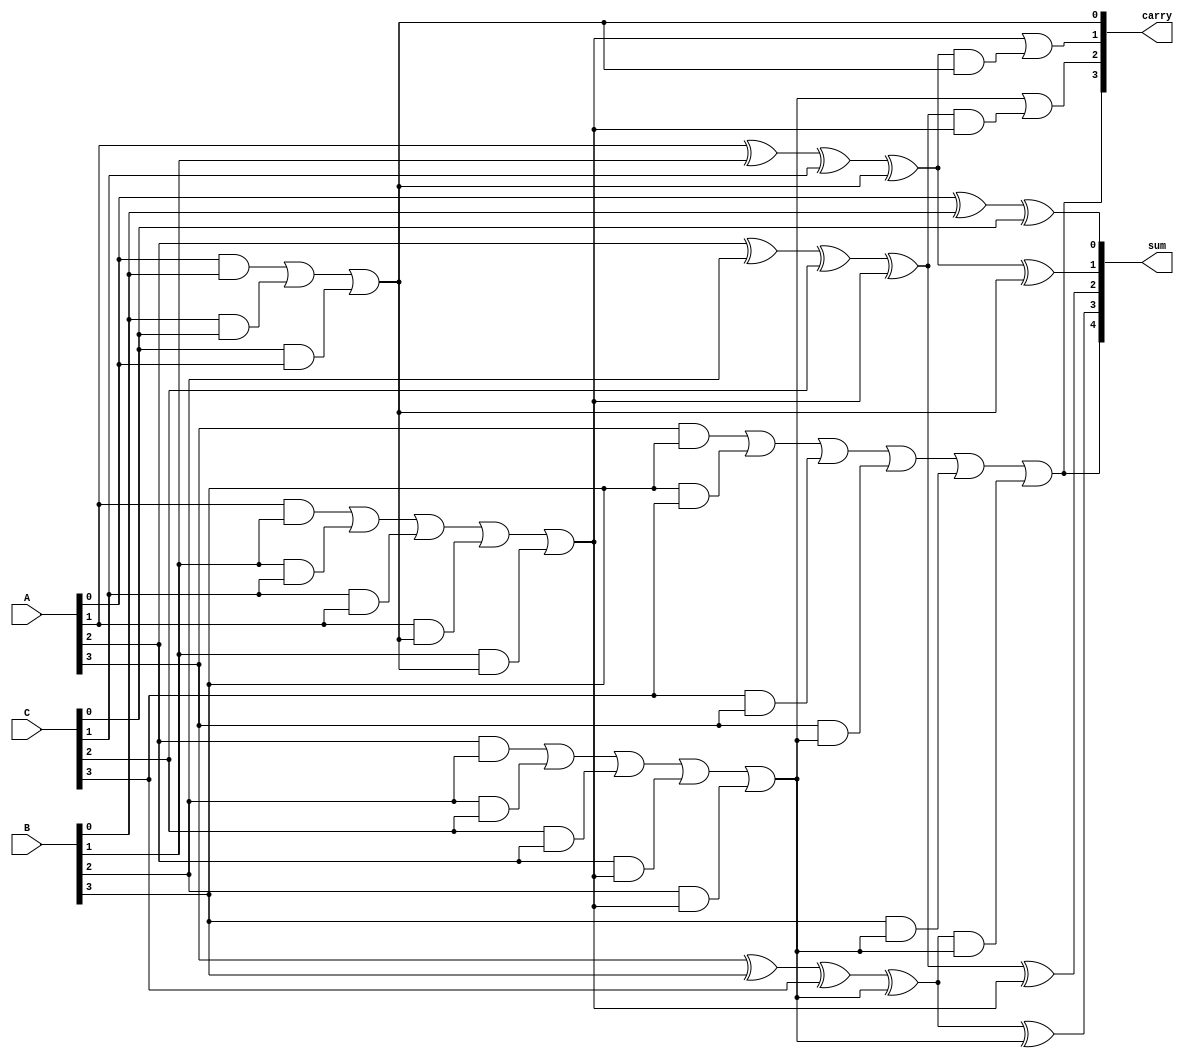
module array_carry_save_adder #(
    parameter N = 3,    // Number of operands
    parameter WIDTH = 4  // Bit-width of each operand
)(
    input  wire [WIDTH-1:0] A,   // First operand
    input  wire [WIDTH-1:0] B,   // Second operand
    input  wire [WIDTH-1:0] C,   // Third operand
    output wire [WIDTH:0] sum,    // Sum output
    output wire [WIDTH-1:0] carry   // Carry output
);

    // Intermediate signals to hold the sum and carry outputs of full adders
    wire [WIDTH-1:0] S[N-1:0];    // Sum outputs from each stage
    wire [WIDTH-1:0] C_out[N-1:0]; // Carry outputs from each stage

    // Stage 1: Full adders for the least significant bits (LSBs)
    genvar i, j;
    generate
        for (i = 0; i < WIDTH; i = i + 1) begin : stage_1
            if (i == 0) begin
                // First full adder takes the LSBs of A, B, and C
                assign S[0][i] = A[i] ^ B[i] ^ C[i]; // Sum for LSB
                assign C_out[0][i] = (A[i] & B[i]) | (B[i] & C[i]) | (C[i] & A[i]); // Carry for LSB
            end else begin
                // For subsequent bits, include carry from the previous stage
                assign S[0][i] = A[i] ^ B[i] ^ C[i] ^ C_out[0][i-1];
                assign C_out[0][i] = (A[i] & B[i]) | (B[i] & C[i]) | (C[i] & A[i]) | (A[i] & C_out[0][i-1]) | (B[i] & C_out[0][i-1]);
            end
        end
    endgenerate

    // Stage 2: Combine carries from the first stage into the final carry output
    generate
        for (j = 0; j < WIDTH; j = j + 1) begin : carry_stage
            if (j == 0) begin
                // The final sum and carry output
                assign sum[j] = S[0][j];
                assign carry[j] = C_out[0][j];
            end else begin
                assign sum[j] = S[0][j] ^ C_out[0][j - 1];
                assign carry[j] = C_out[0][j] | (S[0][j] & C_out[0][j - 1]);
            end
        end
    endgenerate

    // Final carry out is one bit wider than the sum
    assign sum[WIDTH] = carry[WIDTH-1];

endmodule